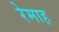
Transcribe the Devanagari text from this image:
रेमाह